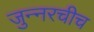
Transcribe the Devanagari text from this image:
जुन्‍नरचीच